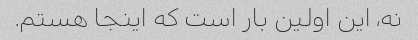
نه، این اولین بار است که اینجا هستم.